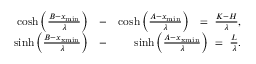
\begin{array} { r l r } { \cosh \left( \frac { B - x _ { \mathrm { m i n } } } { \lambda } \right) } & { - } & { \cosh \left( \frac { A - x _ { \mathrm { m i n } } } { \lambda } \right) ~ ~ = ~ \frac { K - H } { \lambda } , } \\ { \sinh \left( \frac { B - x _ { \mathrm { x m i n } } } { \lambda } \right) } & { - } & { \sinh \left( \frac { A - x _ { \mathrm { x m i n } } } { \lambda } \right) ~ = ~ \frac { L } { \lambda } . } \end{array}